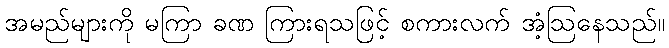
အမည်များကို မကြာ ခဏ ကြားရသဖြင့် စကားလက် အံ့ဩနေသည်။